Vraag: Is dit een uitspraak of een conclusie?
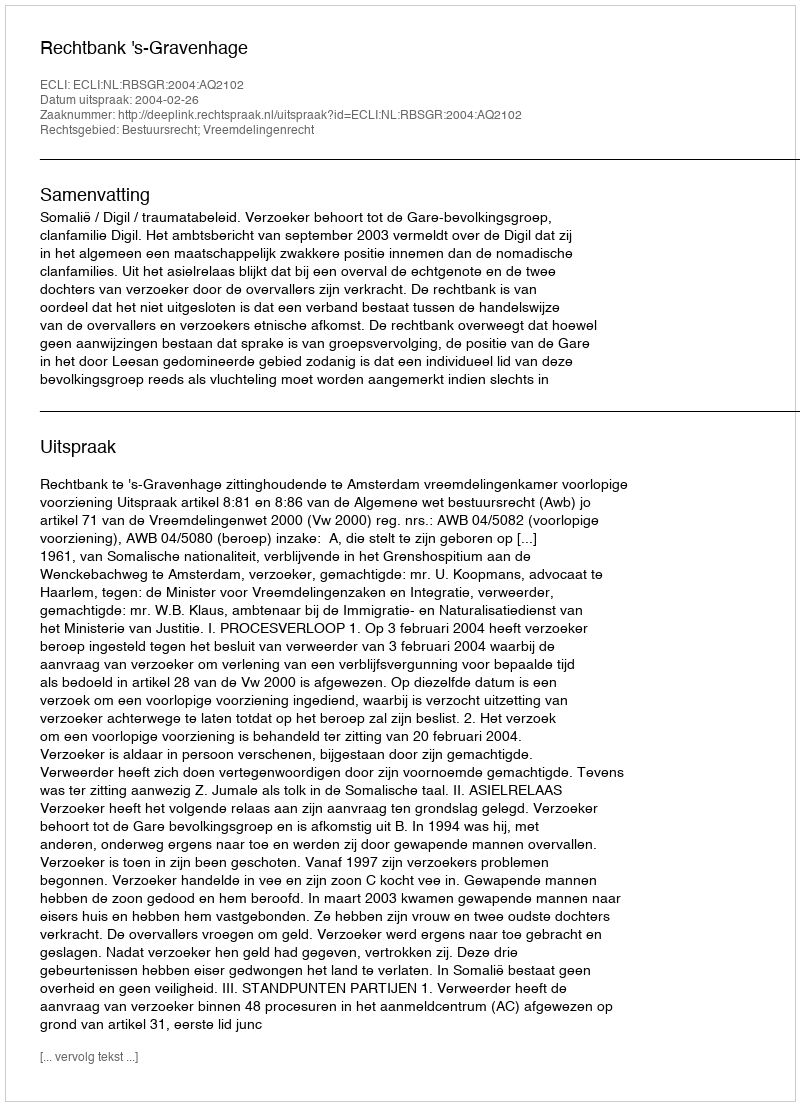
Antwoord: Uitspraak